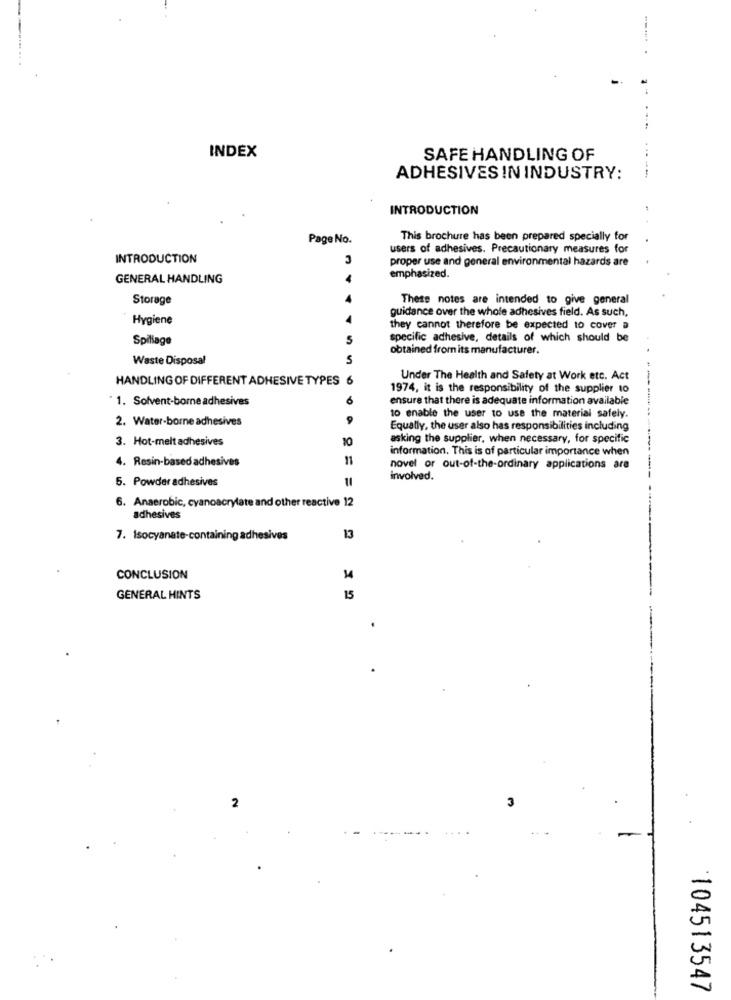
INDEX
SAFE HANDLING OF
ADHESIVES IN INDUSTRY:
INTRODUCTION
Page No.
This brochure has been prepared specially for
users of adhesives. Precautionary measures for
INTRODUCTION
proper use and general environmental hazards are
GENERAL HANDLING
emphasized.
Storage
These notes are intended to give general
guidance over the whole adhesives field. As such,
Hygiene
they cannot therefore be expected to cover a
Spillage
5
specific adhesive, details of which should be
obtained from its manufacturer.
Waste Disposal
S
HANDLING OF DIFFERENT ADHESIVE TYPES 6
Under The Health and Safety at Work etc. Act
1974, it is the responsibility of the supplier to
1. Solvent-borne adhesives
6
ensure that there is adequate information available
2. Water-borne adhesives
to enable the user to use the material safely.
Equally, the user also has responsibilities including
3. Hot-melt adhesives
10
asking the supplier, when necessary, for specific
information. This is of particular importance when
11
4. Resin-based adhesives
novel or out-of-the-ordinary applications are
5. Powder adhesives
involved.
6. Anaerobic, cyanoacrylate and other reactive 12
adhesives
7. Isocyanate-containing adhesives
13
CONCLUSION
GENERAL HINTS
15
2
3
. .
104513547